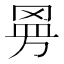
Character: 𱻀